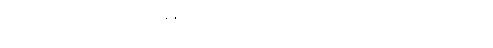
ဦးပါမောက္ခအား ထုတ်လုပ်မှုအမြန်နှုန်းကို တက်ရောက်ခဲ့တယ်လို့ တောတောင်ထူထပ်သည့် သားသေ